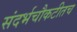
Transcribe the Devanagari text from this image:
संदर्भचौकटीतच